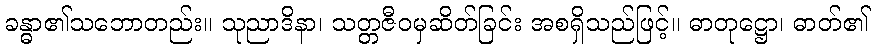
ခန္ဓာ၏သဘောတည်း။ သုညာဒိနာ၊ သတ္တဇီဝမှဆိတ်ခြင်း အစရှိသည်ဖြင့်။ ဓာတုဋ္ဌော၊ ဓာတ်၏